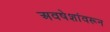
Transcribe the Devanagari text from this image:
अवषेशांवरून